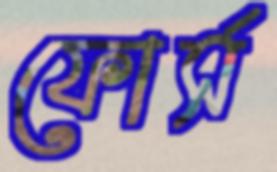
ফোর্স